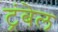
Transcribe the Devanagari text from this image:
ट्रंबेल